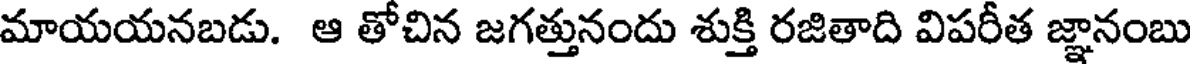
మాయయనబడు. ఆ తోచిన జగత్తునందు శుక్తి రజితాది విపరీత జ్ఞానంబు